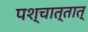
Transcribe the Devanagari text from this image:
पश्चात्तात्‌